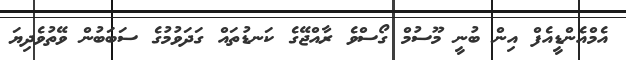
އެމްއެންޑީއެފް އިން ބުނީ މޫސުމް ގޯސްވެ ރާއްޖޭގެ ކަނޑުތައް ގަދަވުމުގެ ސަބަބުން ވޭތުވެދިޔަ